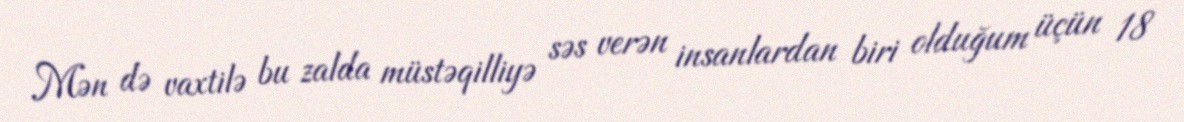
Mən də vaxtilə bu zalda müstəqilliyə səs verən insanlardan biri olduğum üçün 18